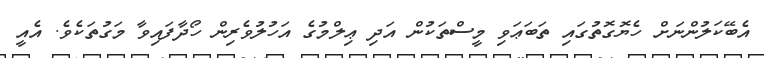
އެބޭކަލުންނަށް ހެޔޮގޮތުގައި ތަބަޢަވި މީސްތަކުން އަދި ޢިލްމުގެ އަހުލުވެރިން ހޯދާފައިވާ މަގުތަކެވެ. އެއީ